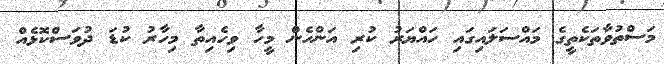
މަސްތުވާތަކެތީގެ މައްސަލައިގައި ހައްޔަރު ކުރި އަންހެން މީހާ ވިހެއިތާ މިހާރު ކުޑަ ދުވަސްކޮޅެއް